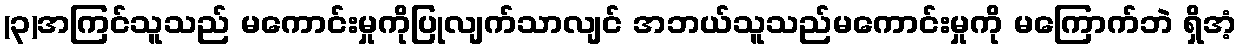
(၃)အကြင်သူသည် မကောင်းမှုကိုပြုလျက်သာလျင် အဘယ်သူသည်မကောင်းမှုကို မကြောက်ဘဲ ရှိအံ့